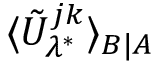
\langle \tilde { U } _ { \lambda ^ { * } } ^ { j k } \rangle _ { B | A }